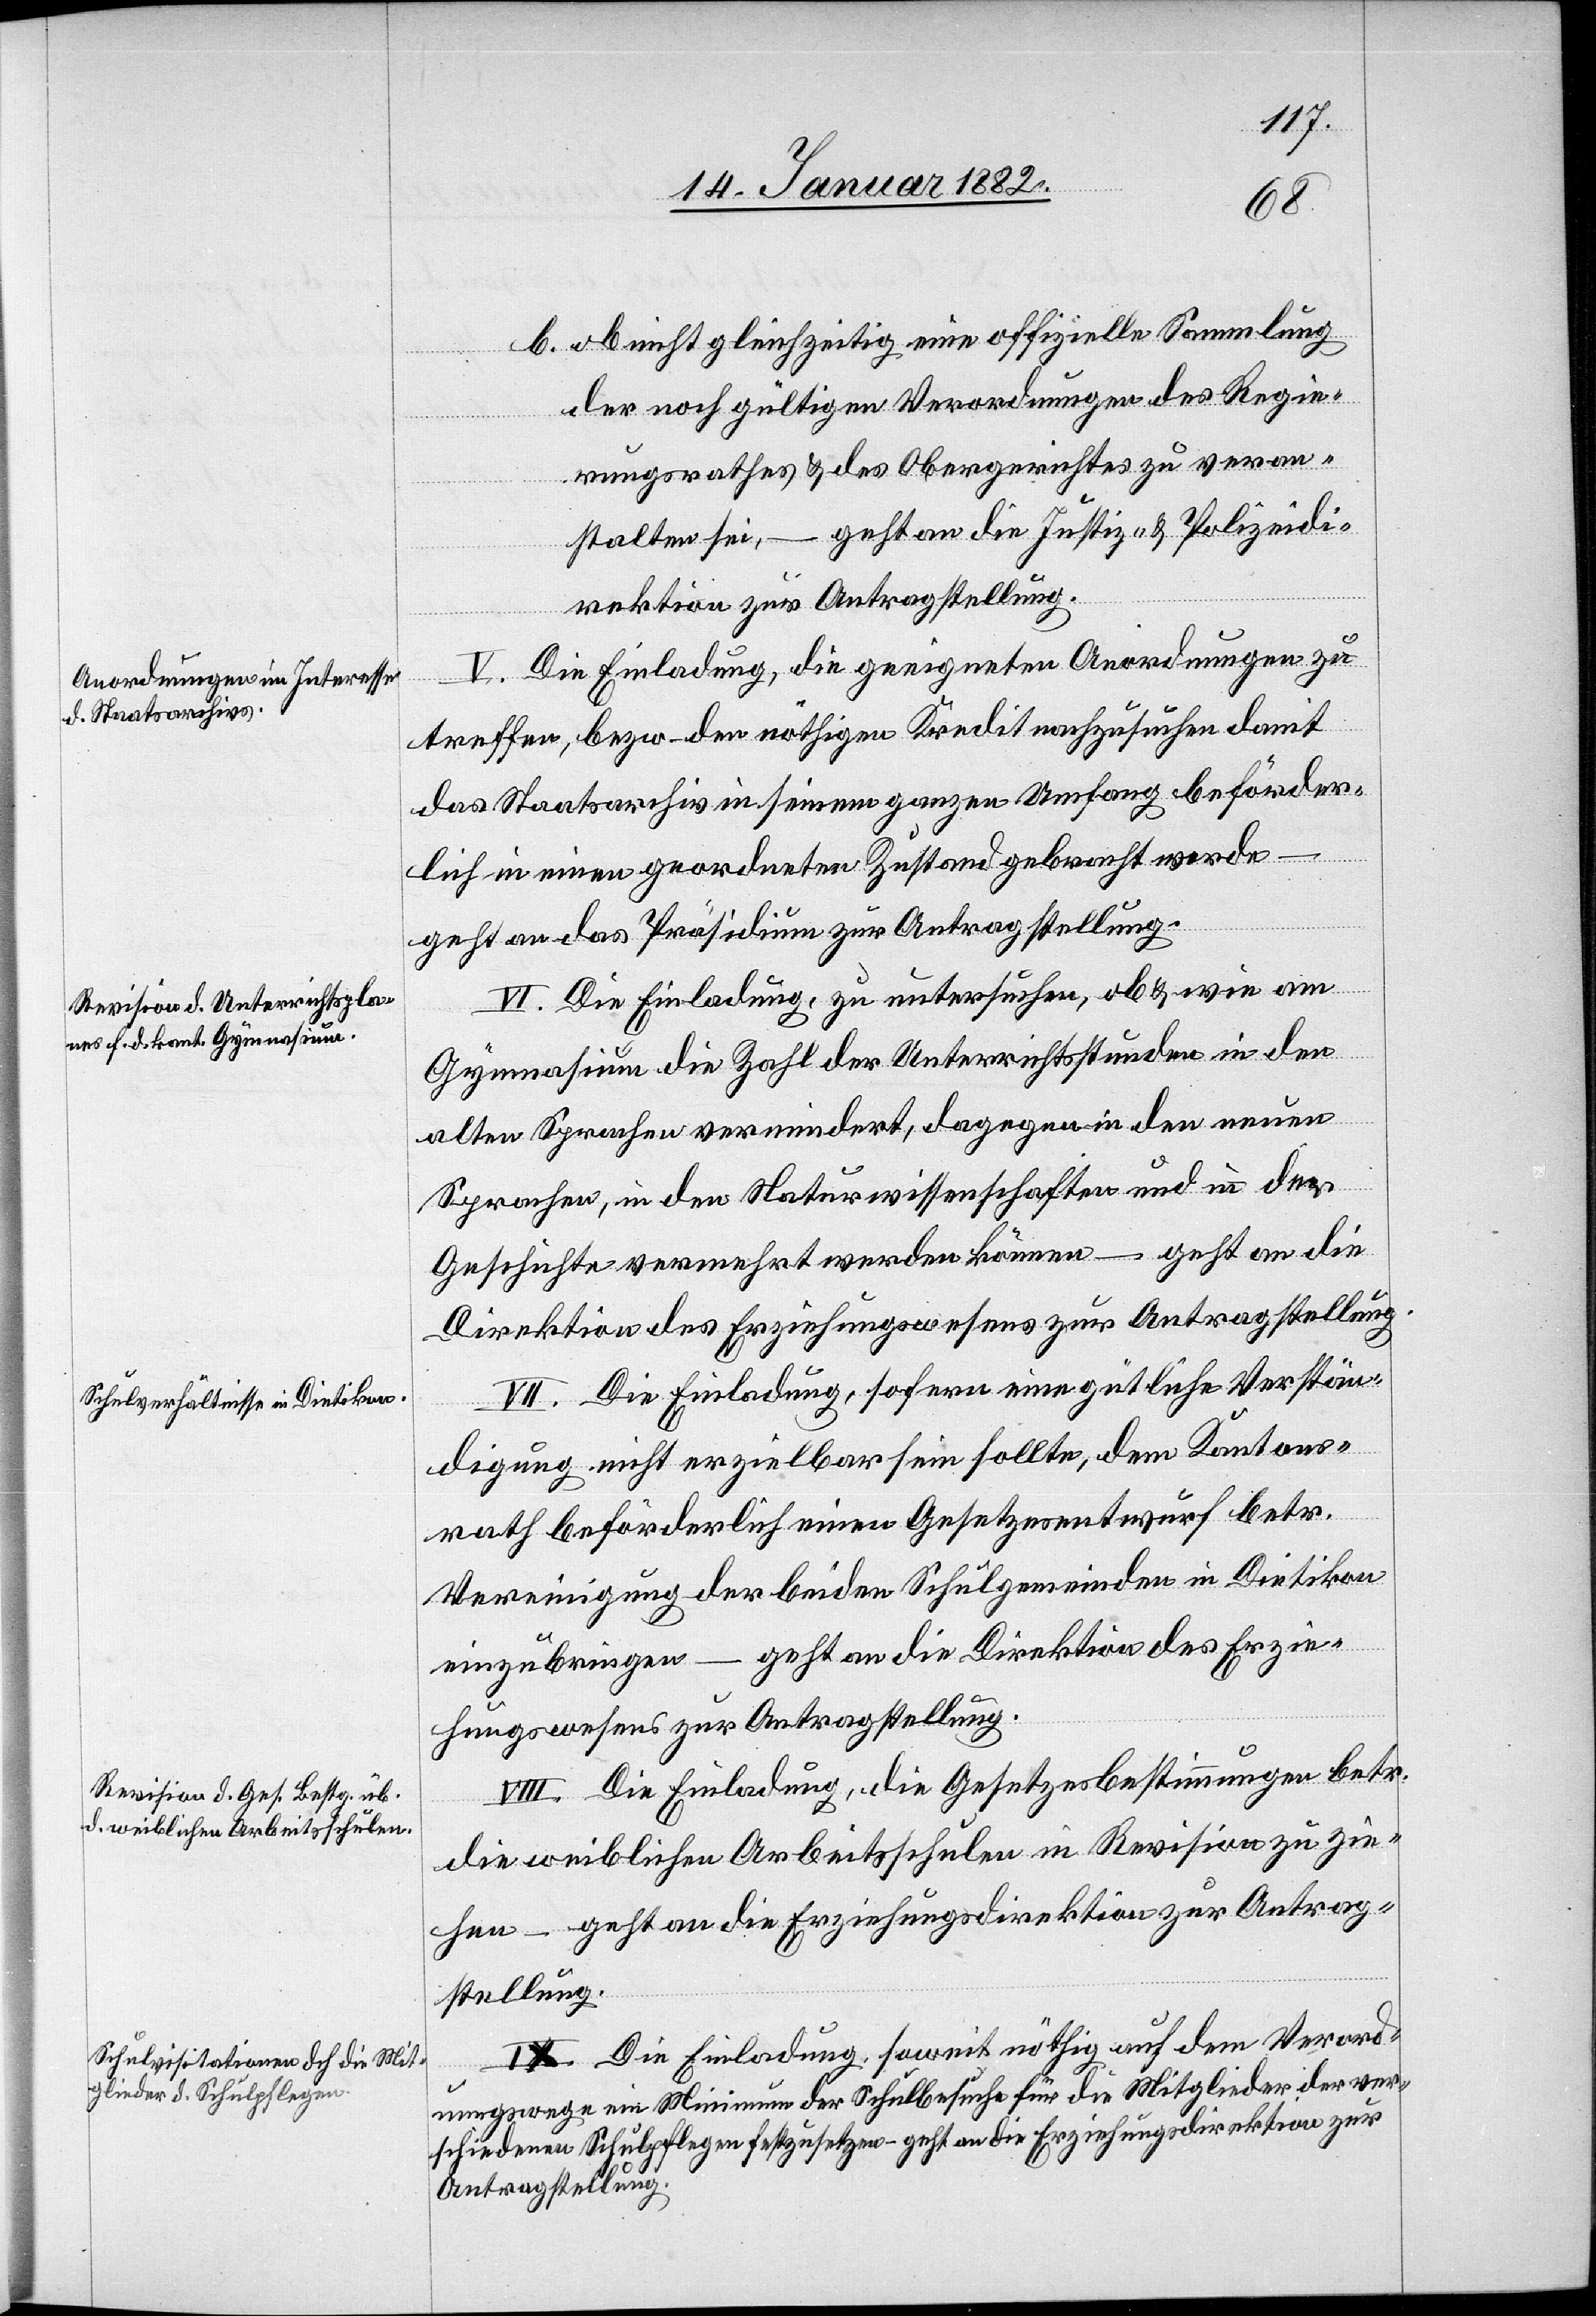
b) ob nicht gleichzeitig eine offizielle Sammlung
der noch gültigen Verordnungen des Regie¬
rungsrathes & des Obergerichtes zu veran¬
stalten sei, – geht an die Justiz- & Polizeidi¬
rektion zur Antragstellung.
V. Die Einladung, die geeignete Anordnung zu
treffen, bezw. den nöthigen Kredit nachzuführen damit
das Staatsarchiv in seinem ganzen Umfang beförder¬
lich in einen geordneten Zustand gebracht werde
geht an das Präsidium zur Antragstellung.
VI. Die Einladung, zu untersuchen, ob & wie am
Gymnasium die Zahl der Unterrichtsstunden in den
alten Sprachen vermindert, dagegen in den neuen
Sprachen, in den Naturwissenschaften und in der
Geschichte vermehrt werden können – geht an die
Direktion des Erziehungswesens zur Antragstellung
VII. Die Einladung, sofern eine gütliche Verstän¬
digung nicht erzielbar sein sollte, dem Kantons¬
rath beförderlich einen Gesetzesentwurf betr.
Vereinigung der beiden Schulgemeinden in Dietikon
einzubringen – geht an die Direktion des Erzie¬
hungswesens zur Antragstellung.
VIII. Die Einladung, die Gesetzesbestimmungen betr.
die weiblichen Arbeitsschulen in Revision zu zie¬
hen – geht an die Erziehungsdirektion zur Antrag¬
stellung.
IX. Die Einladung, soweit nöthig auf dem Verord¬
nungswege ein Minimum der Schulbesuche für die Mitglieder der ver¬
schiedenen Schulpflegen festzusetzen – geht an die Erziehungsdirektion zur
Antragstellung.